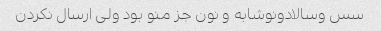
سس وسالادونوشابه و نون جز منو بود ولی ارسال نکردن